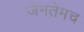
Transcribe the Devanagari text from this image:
जेमतेमच